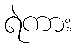
ရဲကား